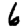
Digit: 6